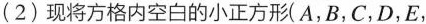
(2)现将方格内空白的小正方形(A，B，C，D，E，